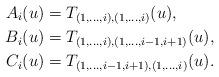
LaTeX: \begin{align*}A_{i}(u) &= T_{(1, \ldots, i),(1, \ldots, i)}(u), \\B_{i}(u) &= T_{(1, \ldots, i),(1, \ldots, i-1, i+1)}(u), \\C_{i}(u) &= T_{(1, \ldots, i-1, i+1),(1, \ldots, i)}(u).\end{align*}